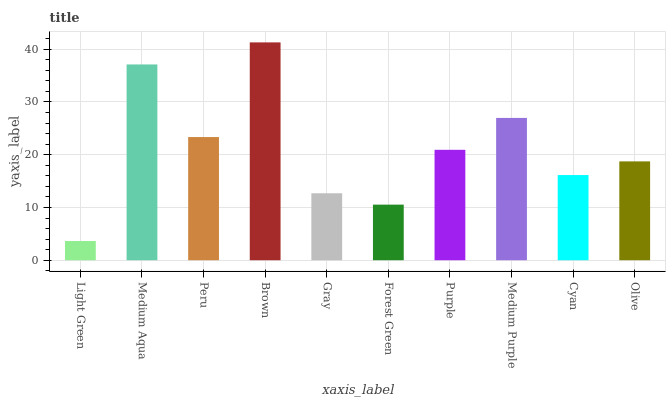
| xaxis_label | bars |
 | --- | --- |
 | Light Green | 3.64 |
 | Medium Aqua | 37.1 |
 | Peru | 23.4 |
 | Brown | 41.3 |
 | Gray | 12.7 |
 | Forest Green | 10.5 |
 | Purple | 20.9 |
 | Medium Purple | 27 |
 | Cyan | 16.2 |
 | Olive | 18.7 |